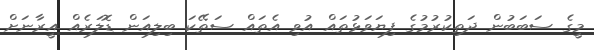
މީގެ ސަބަބުން ދަތިކުރުމުގެ ފިޔަވަޅުތައް އުވި އެތައް ސަތޭކަ ބިލިއަން ޑޮލަރެއް އީރާނަށް